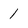
Character: 1